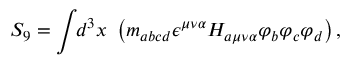
S _ { 9 } = \int \! \! d ^ { 3 } x ~ \left( m _ { a b c d } \epsilon ^ { \mu \nu \alpha } H _ { a \mu \nu \alpha } \varphi _ { b } \varphi _ { c } \varphi _ { d } \right) ,